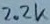
Text: 2.2K